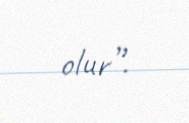
olur”.